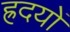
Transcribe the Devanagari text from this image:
ह्रदयों